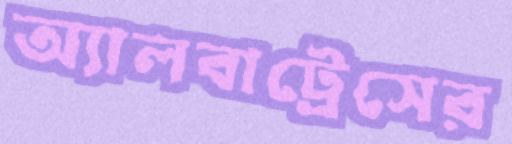
অ্যালবাট্রেসের